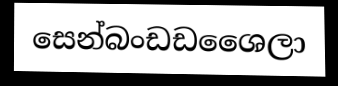
සෙන්බංඩඩශෛලා